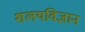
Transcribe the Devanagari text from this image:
शलयविज्ञान